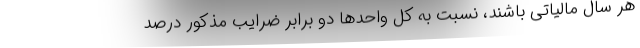
هر سال مالیاتی باشند، نسبت به کل واحدها دو برابر ضرایب مذکور درصد